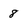
Character: 8